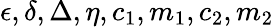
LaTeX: \epsilon,\delta,\Delta,\eta,c_{1},m_{1},c_{2},m_{2}